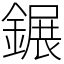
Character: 𨫀